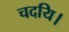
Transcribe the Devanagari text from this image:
चदयि।